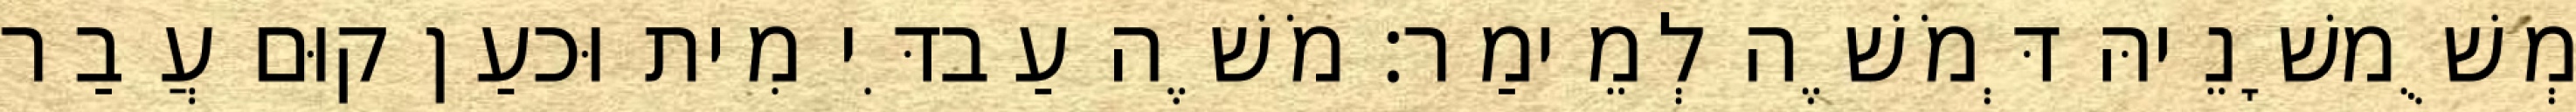
מְשֻׁמשָׁנֵיהּ דְּמֹשֶׁה לְמֵימַר׃ מֹשֶׁה עַבדִּי מִית וּכעַן קוּם עֲבַר